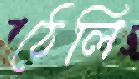
ঠেলি